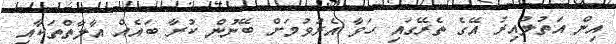
އިން އަތުލުއިރު އޭގެ ތެރޭގައި ހަވާ އެރުވުމަށް ބޭނުން ކުރާ ބައެއް އާލާތްތަކާއި